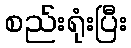
စည်းရုံးပြီး